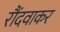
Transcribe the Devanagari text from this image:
रौंदवाकर